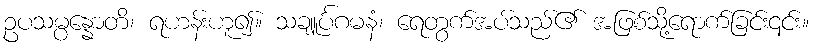
ဥပသမ္ပန္နောတိ၊ ရဟန်းဟူ၍။ သချူင်္ပဂမနံ၊ ရေတွက်အပ်သည်၏ အဖြစ်သို့ရောက်ခြင်း၎င်း။